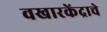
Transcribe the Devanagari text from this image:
वखारकेंद्राचे